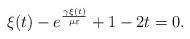
LaTeX: \begin{align*} \xi(t)-e^{\frac{\gamma\xi(t)}{\mu\varepsilon}}+1-2t=0.\end{align*}